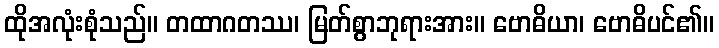
ထိုအလုံးစုံသည်။ တထာဂတဿ၊ မြတ်စွာဘုရားအား။ ဗောဓိယာ၊ ဗောဓိပင်၏။